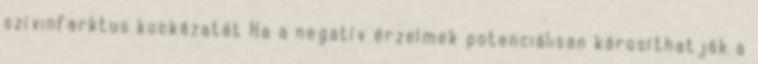
szívinfarktus kockázatát Ha a negatív érzelmek potenciálisan károsíthatják a